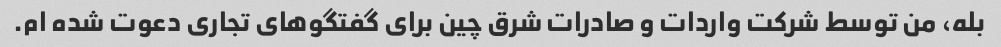
بله، من توسط شرکت واردات و صادرات شرق چین برای گفتگوهای تجاری دعوت شده ام.